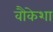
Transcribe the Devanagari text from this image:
वौकेशा